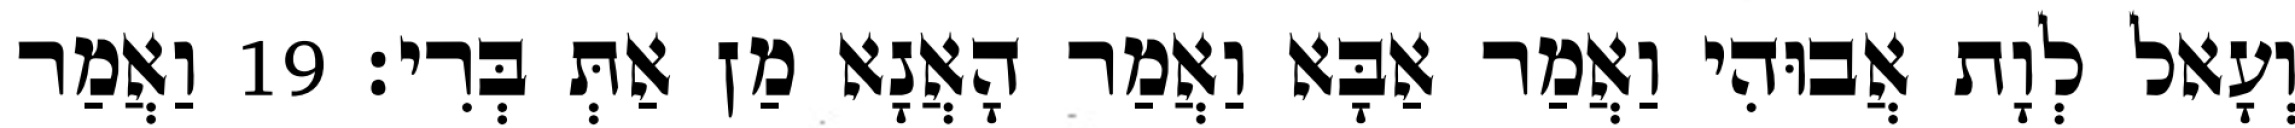
וְעָאל לְוָת אֲבוּהִי וַאֲמַר אַבָּא וַאֲמַר הָאֲנָא מַן אַתְּ בְּרִי׃ 19 וַאֲמַר